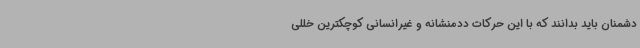
دشمنان باید بدانند که با این حرکات ددمنشانه و غیرانسانی کوچکترین خللی